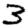
Digit: 3